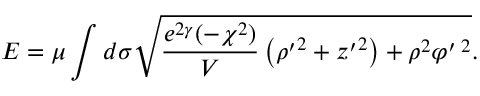
E = \mu \int d \sigma \sqrt { \frac { e ^ { 2 \gamma } ( - \chi ^ { 2 } ) } { V } \left( { \rho ^ { \prime } } ^ { 2 } + { z ^ { \prime } } ^ { 2 } \right) + \rho ^ { 2 } \varphi ^ { \prime \; 2 } } .